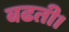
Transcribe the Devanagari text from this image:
बढती।